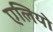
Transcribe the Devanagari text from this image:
एलियो